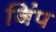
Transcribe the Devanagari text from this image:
जिंप